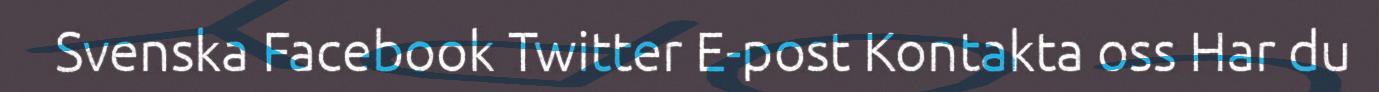
Svenska Facebook Twitter E-post Kontakta oss Har du